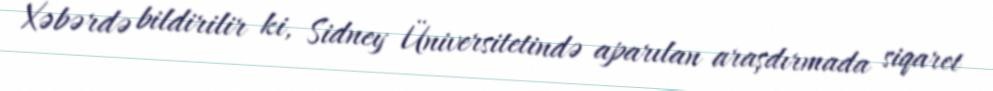
Xəbərdə bildirilir ki, Sidney Üniversitetində aparılan araşdırmada siqaret